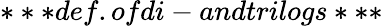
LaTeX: ***def.ofdi-andtrilogs***